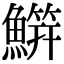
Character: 𬵭